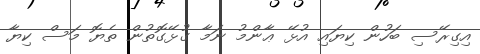
އިގިރޭސި ބަހުން ކިޔައި އުޅޭ ޢާންމު ނަމާ ގުޅޭގޮތުން ތެޔޮ މަސް ކިޔާ